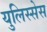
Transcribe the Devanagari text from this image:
युलिस्सेस